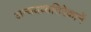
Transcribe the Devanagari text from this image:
अन्वयव्यतिरेकानें